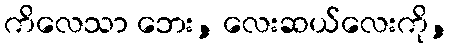
ကိလေသာ ဘေး, လေးဆယ်လေးကို,